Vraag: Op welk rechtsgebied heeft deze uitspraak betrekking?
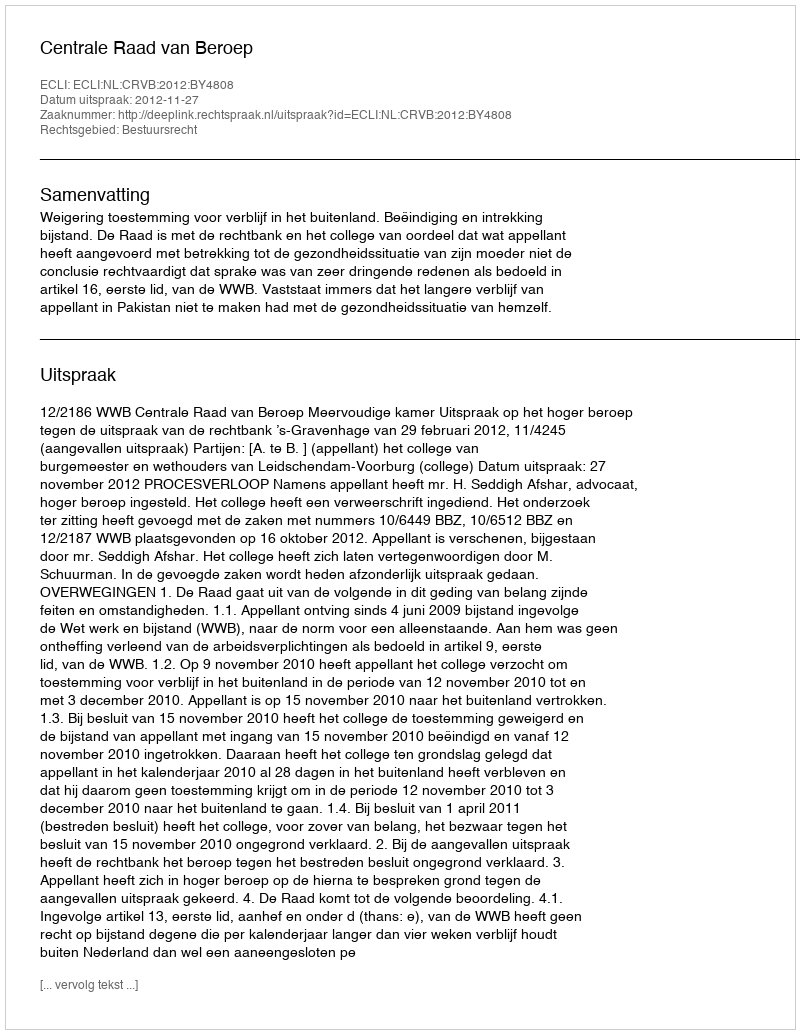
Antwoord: Bestuursrecht